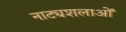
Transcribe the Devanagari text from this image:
नाट्यशलाओं